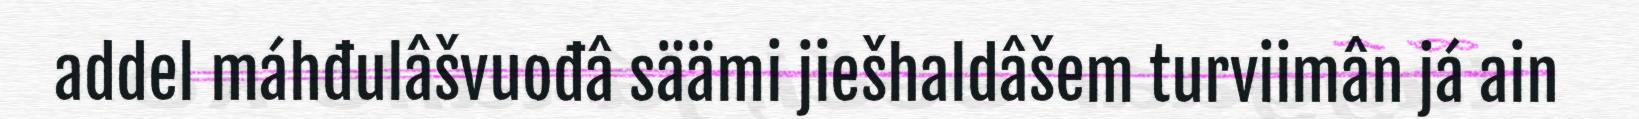
addel máhđulâšvuođâ säämi jiešhaldâšem turviimân já ain